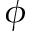
\phi